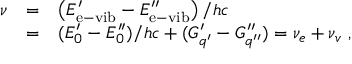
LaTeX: \begin{array} { r c l } { { \nu } } & { { = } } & { { \left( E _ { \mathrm { e - v i b } } ^ { \prime } - E _ { \mathrm { e - v i b } } ^ { \prime \prime } \right) / h c } } \\ { { } } & { { = } } & { { ( E _ { 0 } ^ { \prime } - E _ { 0 } ^ { \prime \prime } ) / h c + ( G _ { q ^ { \prime } } ^ { \prime } - G _ { q ^ { \prime \prime } } ^ { \prime \prime } ) = \nu _ { e } + \nu _ { v } ~ , } } \end{array}